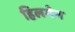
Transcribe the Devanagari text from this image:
हिलमेन